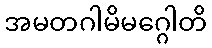
အမတဂါမိမဂ္ဂေါတိ